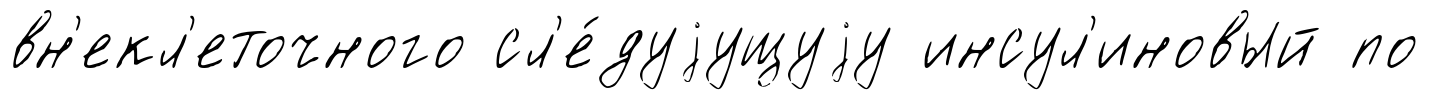
вн'екл'еточного сл'е́дуjущуjу инсул'иновый по